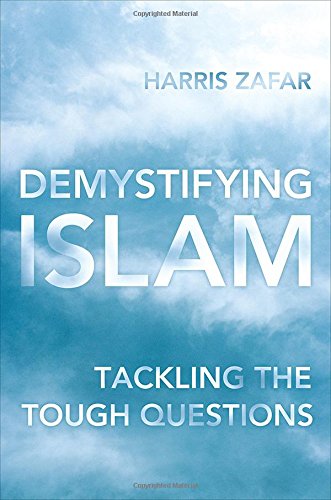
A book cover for Demystifying Islam: Tackling the Tough Questions; Harris Zafar; Religion & Spirituality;